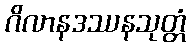
ဂိလာနဒဿနသုတ္တံ